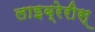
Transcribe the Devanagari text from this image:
लाइब्रेरीस्